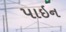
પાઇન